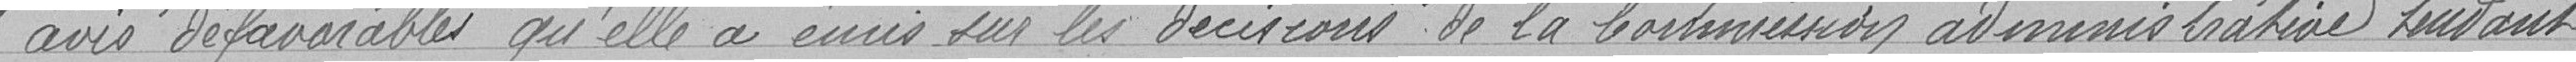
avis défavorables qu'elle a émis sur les décisions de la Commission administrative tendant